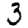
Digit: 3